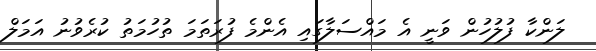
ލަންކާ ފުލުހުން ވަނީ އެ މައްސަލާގައި އެންމެ ފުރަތަމަ ތުހުމަތު ކުރެވުނު އަމަލް